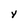
Character: Y